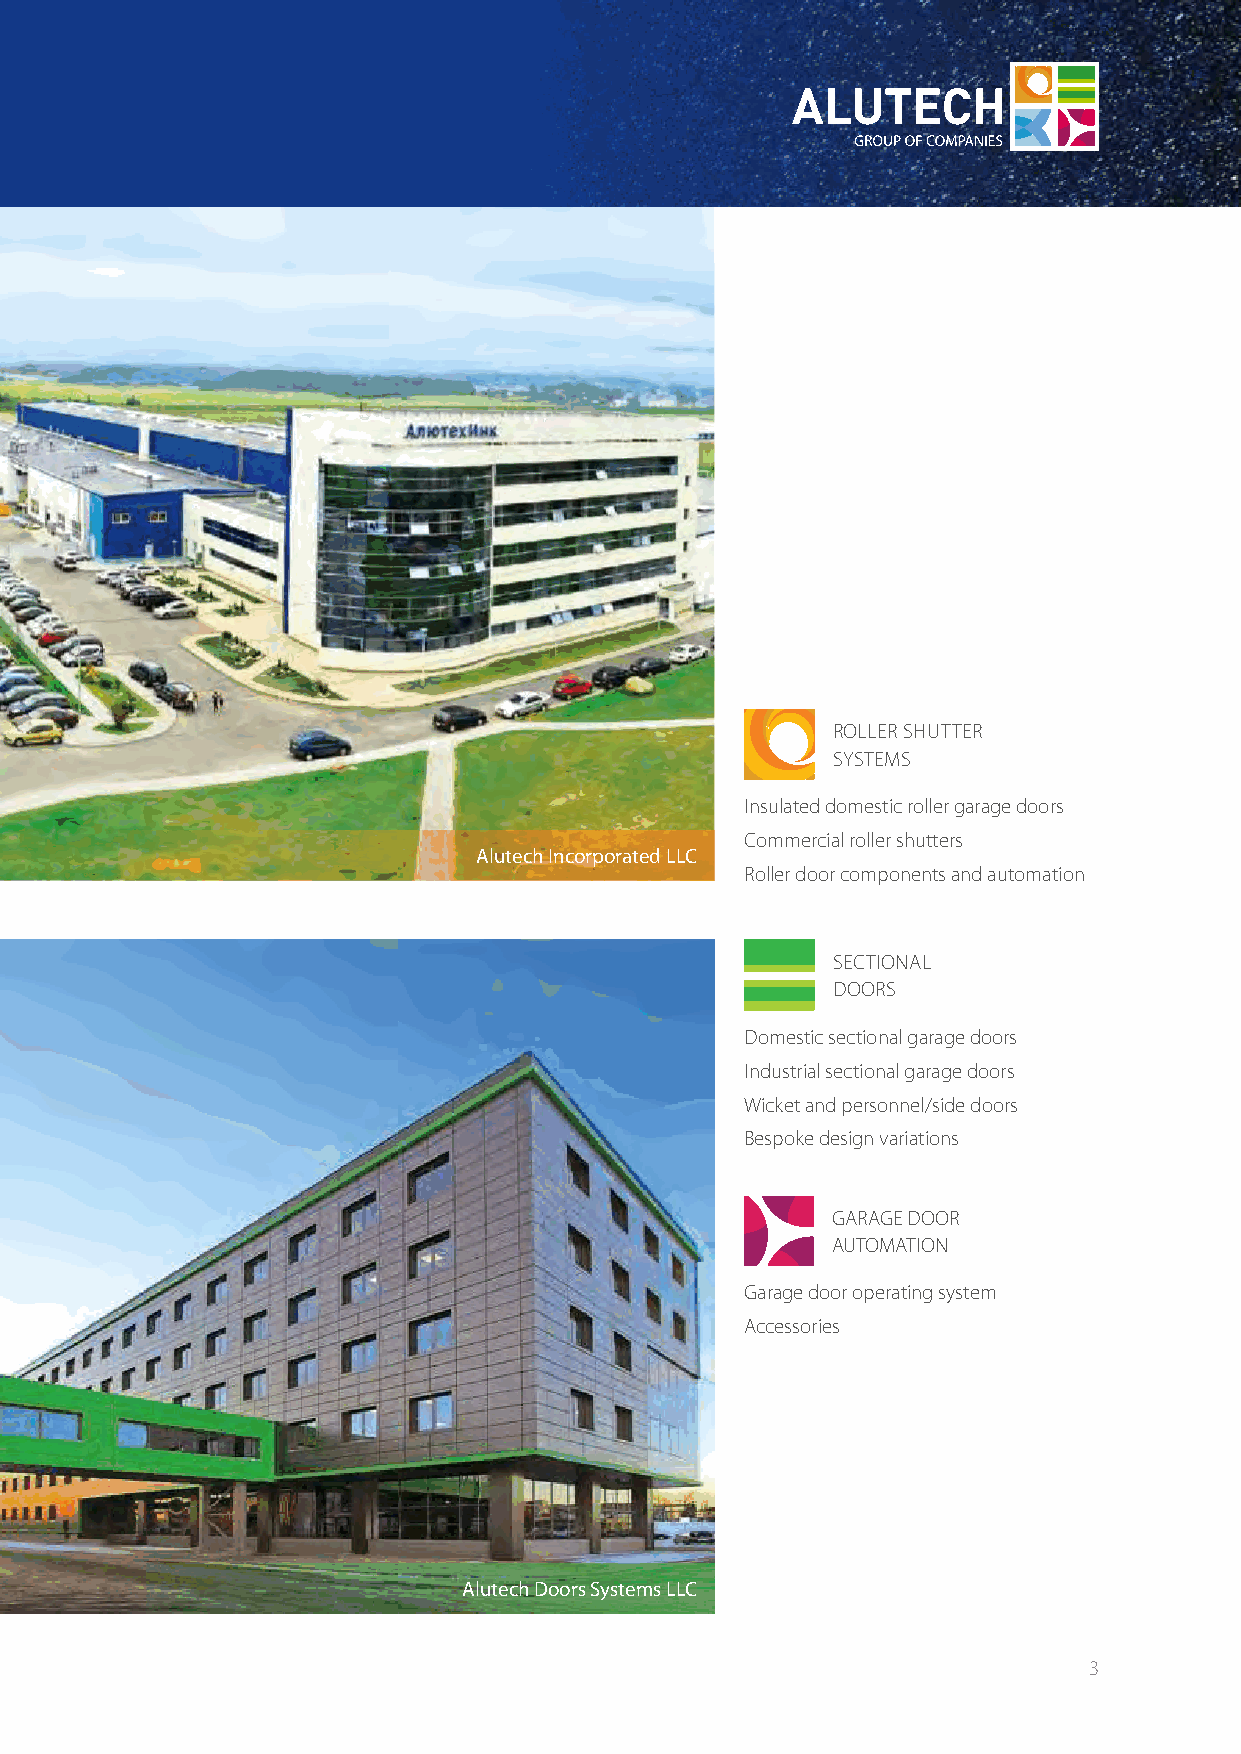
ALUTECH Group of companies
 ROLLER SHUTTER
 SYSTEMS
 Insulated domestic roller garage doors
 Commercial roller shutters
 Alutech Incorporated LLC
 Roller door components and automation
 SECTIONAL
 DOORS
 Domestic sectional garage doors
 Industrial sectional garage doors
 Wicket and personnel/side doors
 Bespoke design variations
 GARAGE DOOR
 AUTOMATION
 Garage door operating system
 Accessories
 Alutech Doors Systems LLC
 3